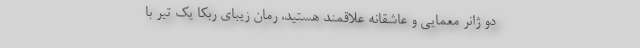
دو ژانر معمایی و عاشقانه علاقمند هستید، رمان زیبای ربکا یک تیر با